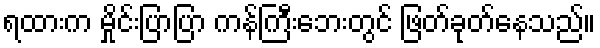
ရထားက မှိုင်းပြာပြာ ကန်ကြီးဘေးတွင် ဖြတ်ခုတ်နေသည်။